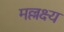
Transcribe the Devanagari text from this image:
मल्लक्ष्य